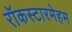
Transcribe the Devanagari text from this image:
रॉकस्टारमेहम